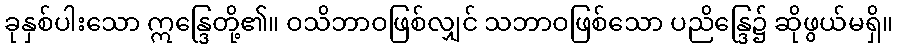
ခုနှစ်ပါးသော ဣန္ဒြေတို့၏။ ဝသိဘာဝဖြစ်လျှင် သဘာဝဖြစ်သော ပညိန္ဒြေ၌ ဆိုဖွယ်မရှိ။